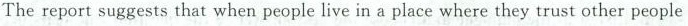
The report suggests that when people live in a place where they trust other people